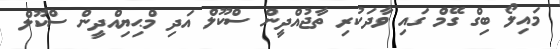
މައިލޯ ބިގް ގޭމް ގައި ވާދަކުރި ތާޖުއްދީން ސްކޫލް އަދި މްޙިޔިއްދީން ސްކޫލް